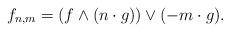
LaTeX: \begin{align*}f_{n,m}=(f\wedge (n \cdot g))\vee(-m\cdot g).\end{align*}